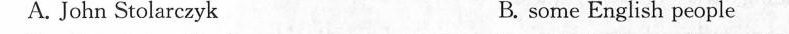
A. John Stolarczyk B. some English people